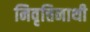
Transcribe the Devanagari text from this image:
निवृत्तिनाथी